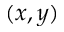
( x , y )